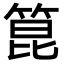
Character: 箟